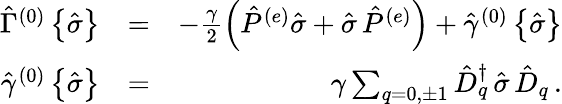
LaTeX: \begin{array}{rlr}{{\hat{\Gamma}}^{(0)}\left\{ {\hat{\sigma}}\right\} }&{=}&{-\frac{\gamma}{2}\left({\hat{P}}^{(e)}{\hat{\sigma}}+{\hat{\sigma}}\, {\hat{P}}^{(e)}\right)+{\hat{\gamma}}^{(0)}\left\{ {\hat{\sigma}}\right\} }\\ {{\hat{\gamma}}^{(0)}\left\{ {\hat{\sigma}}\right\} }&{=}&{\gamma\sum_{q=0,\pm 1}{\hat{D}}_{q}^{\dagger}\, {\hat{\sigma}}\, {\hat{D}}_{q}\, .}\end{array}